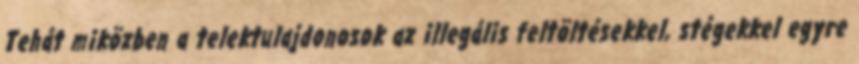
Tehát miközben a telektulajdonosok az illegális feltöltésekkel, stégekkel egyre